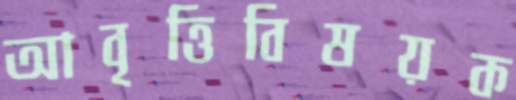
আবৃত্তিবিষয়ক